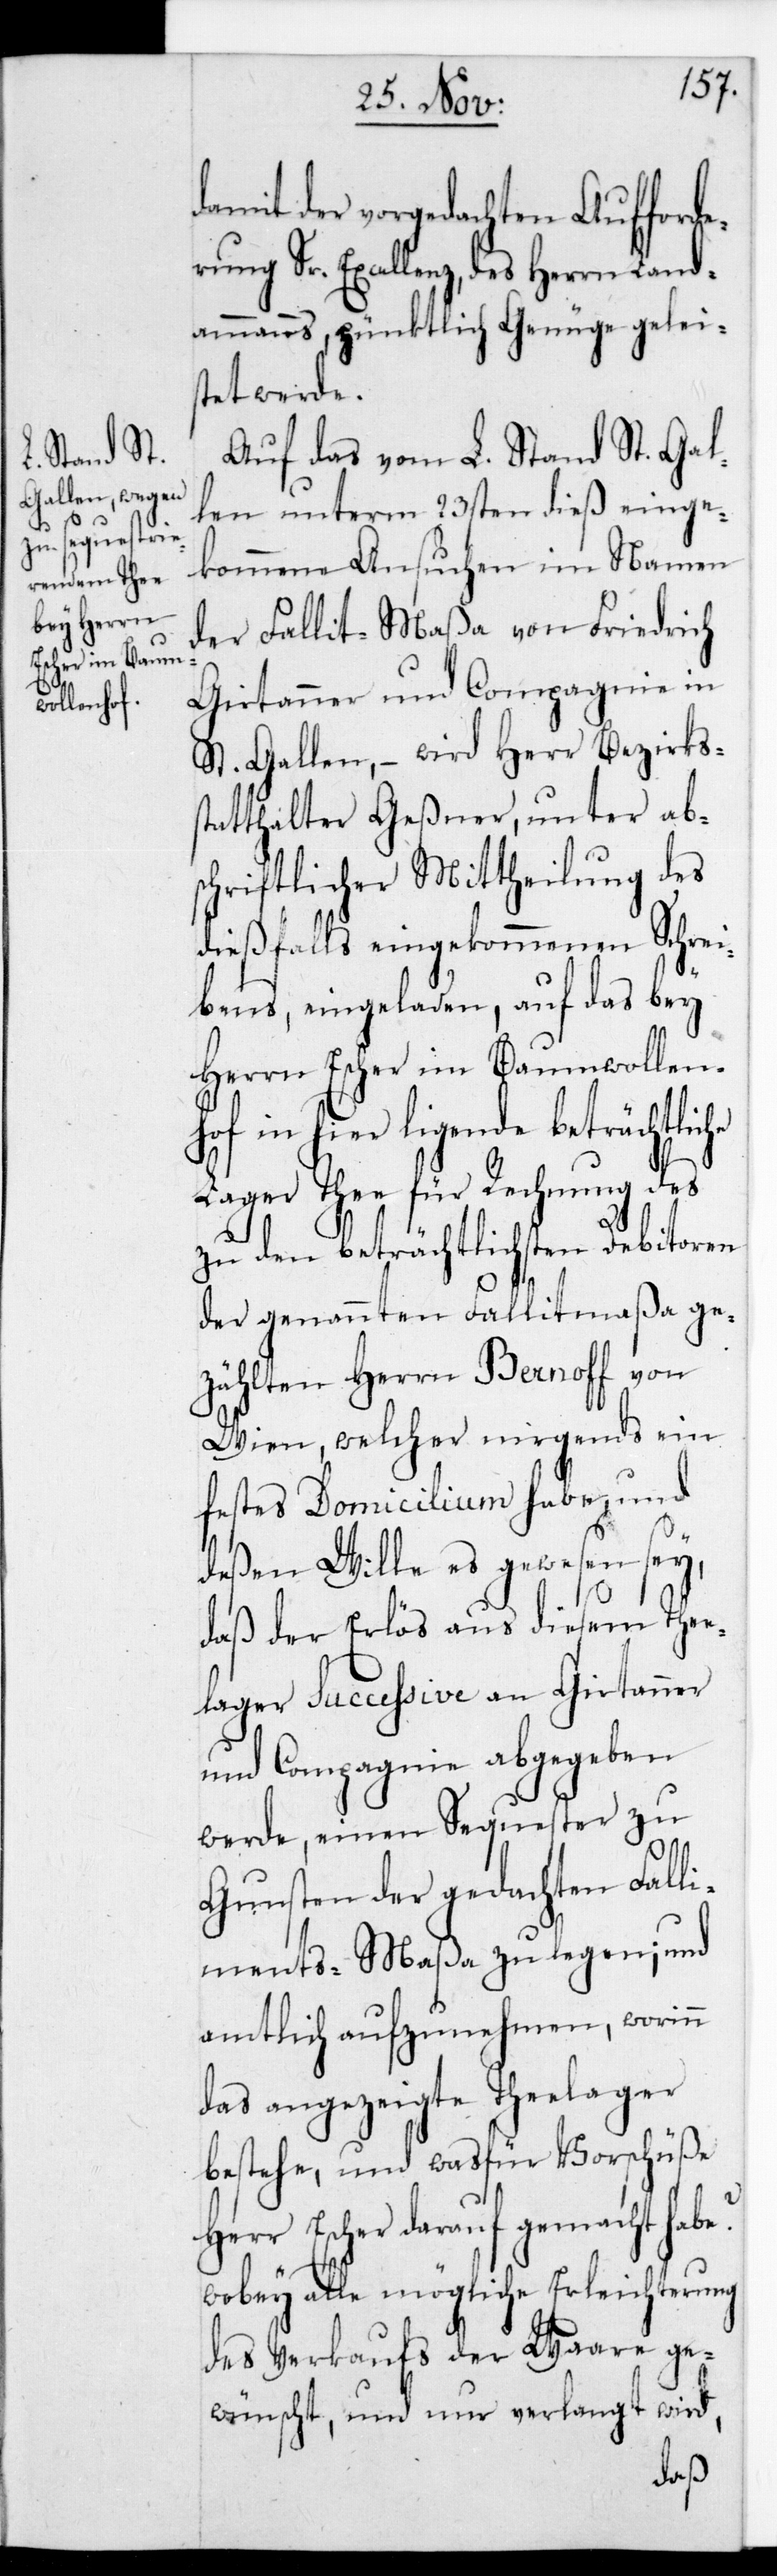
damit der vorgedachten Aufforde¬
rung Sr. Excellenz des Herrn Land¬
ammanns pünktlich Genüge geleis¬
tet werde.
Auf das von L. Stand St. Gal¬
len unterm 23sten dieß einge¬
kommene Ansuchen im Namen
der Fallit-Maßa von Friedrich
Girtanner und Compagnie in
St. Gallen, – wird Herr Bezirks¬
statthalter Geßner, unter ab¬
schriftlicher Mittheilung des
dießfalls eingekommenen Schrei¬
bens, eingeladen, auf das bey
Herrn Escher im Baumwollen¬
egende beträchtliche
Lager Thee für Rechnung des
zu den beträchtlichsten Debitoren
der genannten Fallitmaßa ge¬
zählten Herrn Bernoff von
Wien, welcher nirgends ein
festes Domicilium habe, und
deßen Wille es gewesen sey,
daß der Erlös aus diesem The¬
elager succeßive an Girtanner
und Compagnie abgegeben
werde, einen Sequester zu
Gunsten der gedachten Falli¬
ments-Maßa zu legen; und
amtlich aufzunehmen, worinn
das angezeigte Teelager
bestehe, und was für Vorschüße
Herr Escher darauf gemacht habe?
wobey alle mögliche Erleichterung
des Verkaufs der Waare ge¬
wünscht, und nur verlangt wird,